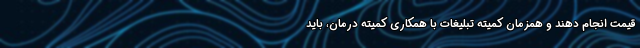
قیمت انجام دهند و همزمان کمیته تبلیغات با همکاری کمیته درمان، باید